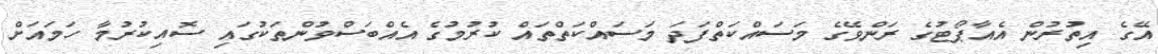
އޭގެ އިތުރުން އެއާޕޯޓުގެ ރަންވޭގެ މަސައްކަތްފަދަ މަސައްކަތްތައް ކުރުމުގެ އެއްބަސްވުންތަކުގައި ސޮއިކުރުމާ ހަމައަށް